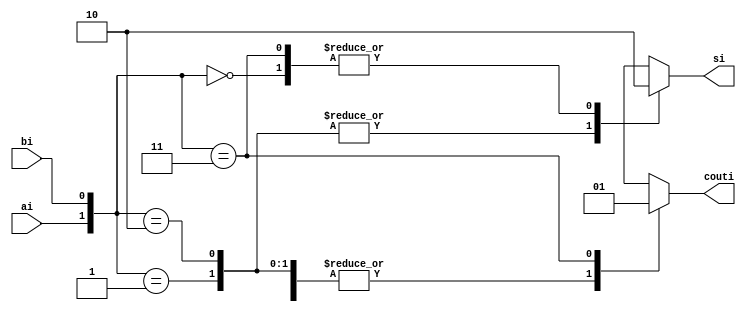
//Verilog behavioral model of a half adder
module HAbehav 
(
	input ai,bi,
	output reg si, couti
);
	always @ (ai,bi)
		case ({ai,bi})
			2'b00: begin couti = 1'b0; si = 1'b0; end
			2'b01: begin couti = 1'b0; si = 1'b1; end
			2'b10: begin couti = 1'b0; si = 1'b1; end
			2'b11: begin couti = 1'b1; si = 1'b0; end
		endcase
endmodule